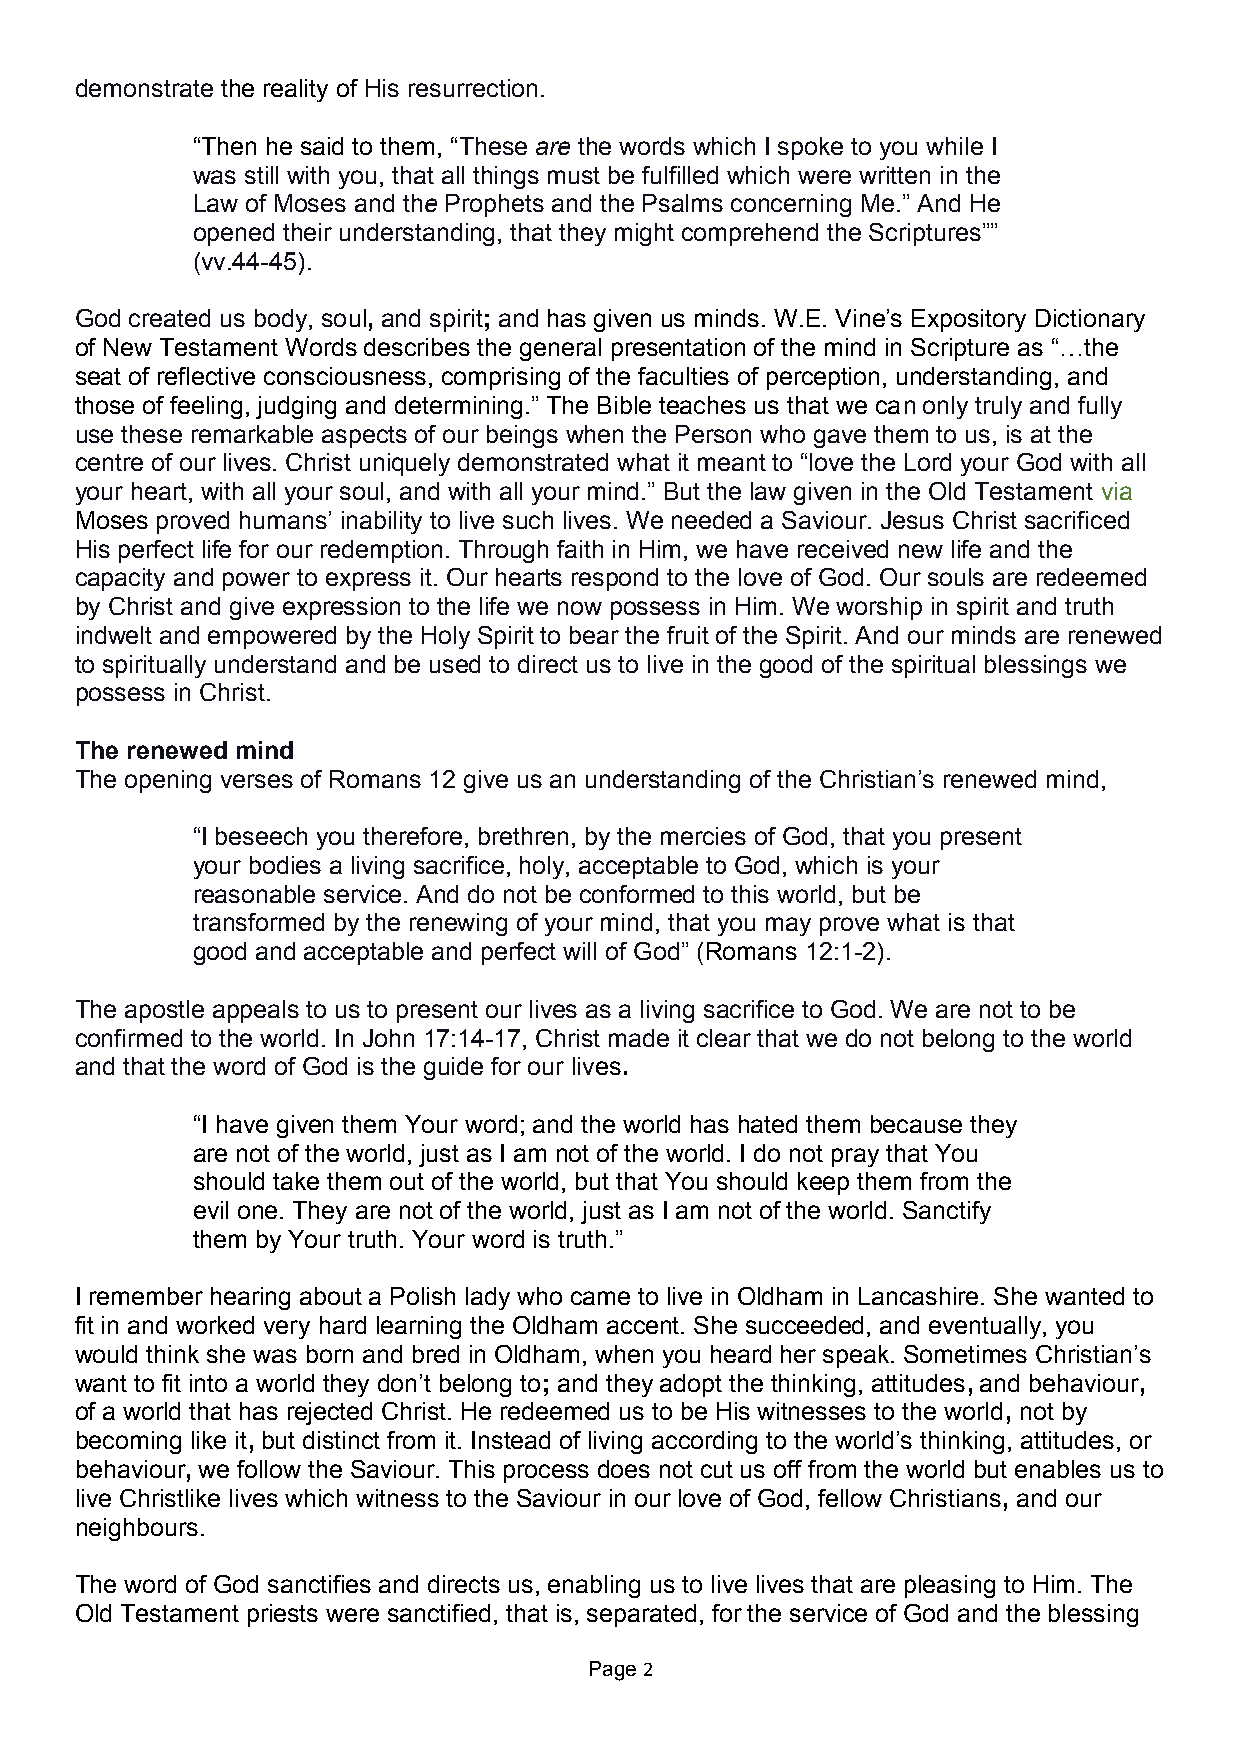
demonstrate the reality of His resurrection.
 “Then he said to them, “These are the words which I spoke to you while I
 was still with you, that all things must be fulfilled which were written in the
 Law of Moses and the Prophets and the Psalms concerning Me.” And He
 opened their understanding, that they might comprehend the Scriptures””
 (vv.44-45).
 God created us body, soul, and spirit; and has given us minds. W.E. Vine’s Expository Dictionary
 of New Testament Words describes the general presentation of the mind in Scripture as “…the
 seat of reflective consciousness, comprising of the faculties of perception, understanding, and
 those of feeling, judging and determining.” The Bible teaches us that we can only truly and fully
 use these remarkable aspects of our beings when the Person who gave them to us, is at the
 centre of our lives. Christ uniquely demonstrated what it meant to “love the Lord your God with all
 your heart, with all your soul, and with all your mind.” But the law given in the Old Testament via
 Moses proved humans’ inability to live such lives. We needed a Saviour. Jesus Christ sacrificed
 His perfect life for our redemption. Through faith in Him, we have received new life and the
 capacity and power to express it. Our hearts respond to the love of God. Our souls are redeemed
 by Christ and give expression to the life we now possess in Him. We worship in spirit and truth
 indwelt and empowered by the Holy Spirit to bear the fruit of the Spirit. And our minds are renewed
 to spiritually understand and be used to direct us to live in the good of the spiritual blessings we
 possess in Christ.
 The renewed mind
 The opening verses of Romans 12 give us an understanding of the Christian’s renewed mind,
 “I beseech you therefore, brethren, by the mercies of God, that you present
 your bodies a living sacrifice, holy, acceptable to God, which is your
 reasonable service. And do not be conformed to this world, but be
 transformed by the renewing of your mind, that you may prove what is that
 good and acceptable and perfect will of God” (Romans 12:1-2).
 The apostle appeals to us to present our lives as a living sacrifice to God. We are not to be
 confirmed to the world. In John 17:14-17, Christ made it clear that we do not belong to the world
 and that the word of God is the guide for our lives.
 “I have given them Your word; and the world has hated them because they
 are not of the world, just as I am not of the world. I do not pray that You
 should take them out of the world, but that You should keep them from the
 evil one. They are not of the world, just as I am not of the world. Sanctify
 them by Your truth. Your word is truth.”
 I remember hearing about a Polish lady who came to live in Oldham in Lancashire. She wanted to
 fit in and worked very hard learning the Oldham accent. She succeeded, and eventually, you
 would think she was born and bred in Oldham, when you heard her speak. Sometimes Christian’s
 want to fit into a world they don’t belong to; and they adopt the thinking, attitudes, and behaviour,
 of a world that has rejected Christ. He redeemed us to be His witnesses to the world, not by
 becoming like it, but distinct from it. Instead of living according to the world’s thinking, attitudes, or
 behaviour, we follow the Saviour. This process does not cut us off from the world but enables us to
 live Christlike lives which witness to the Saviour in our love of God, fellow Christians, and our
 neighbours.
 The word of God sanctifies and directs us, enabling us to live lives that are pleasing to Him. The
 Old Testament priests were sanctified, that is, separated, for the service of God and the blessing
 Page 2